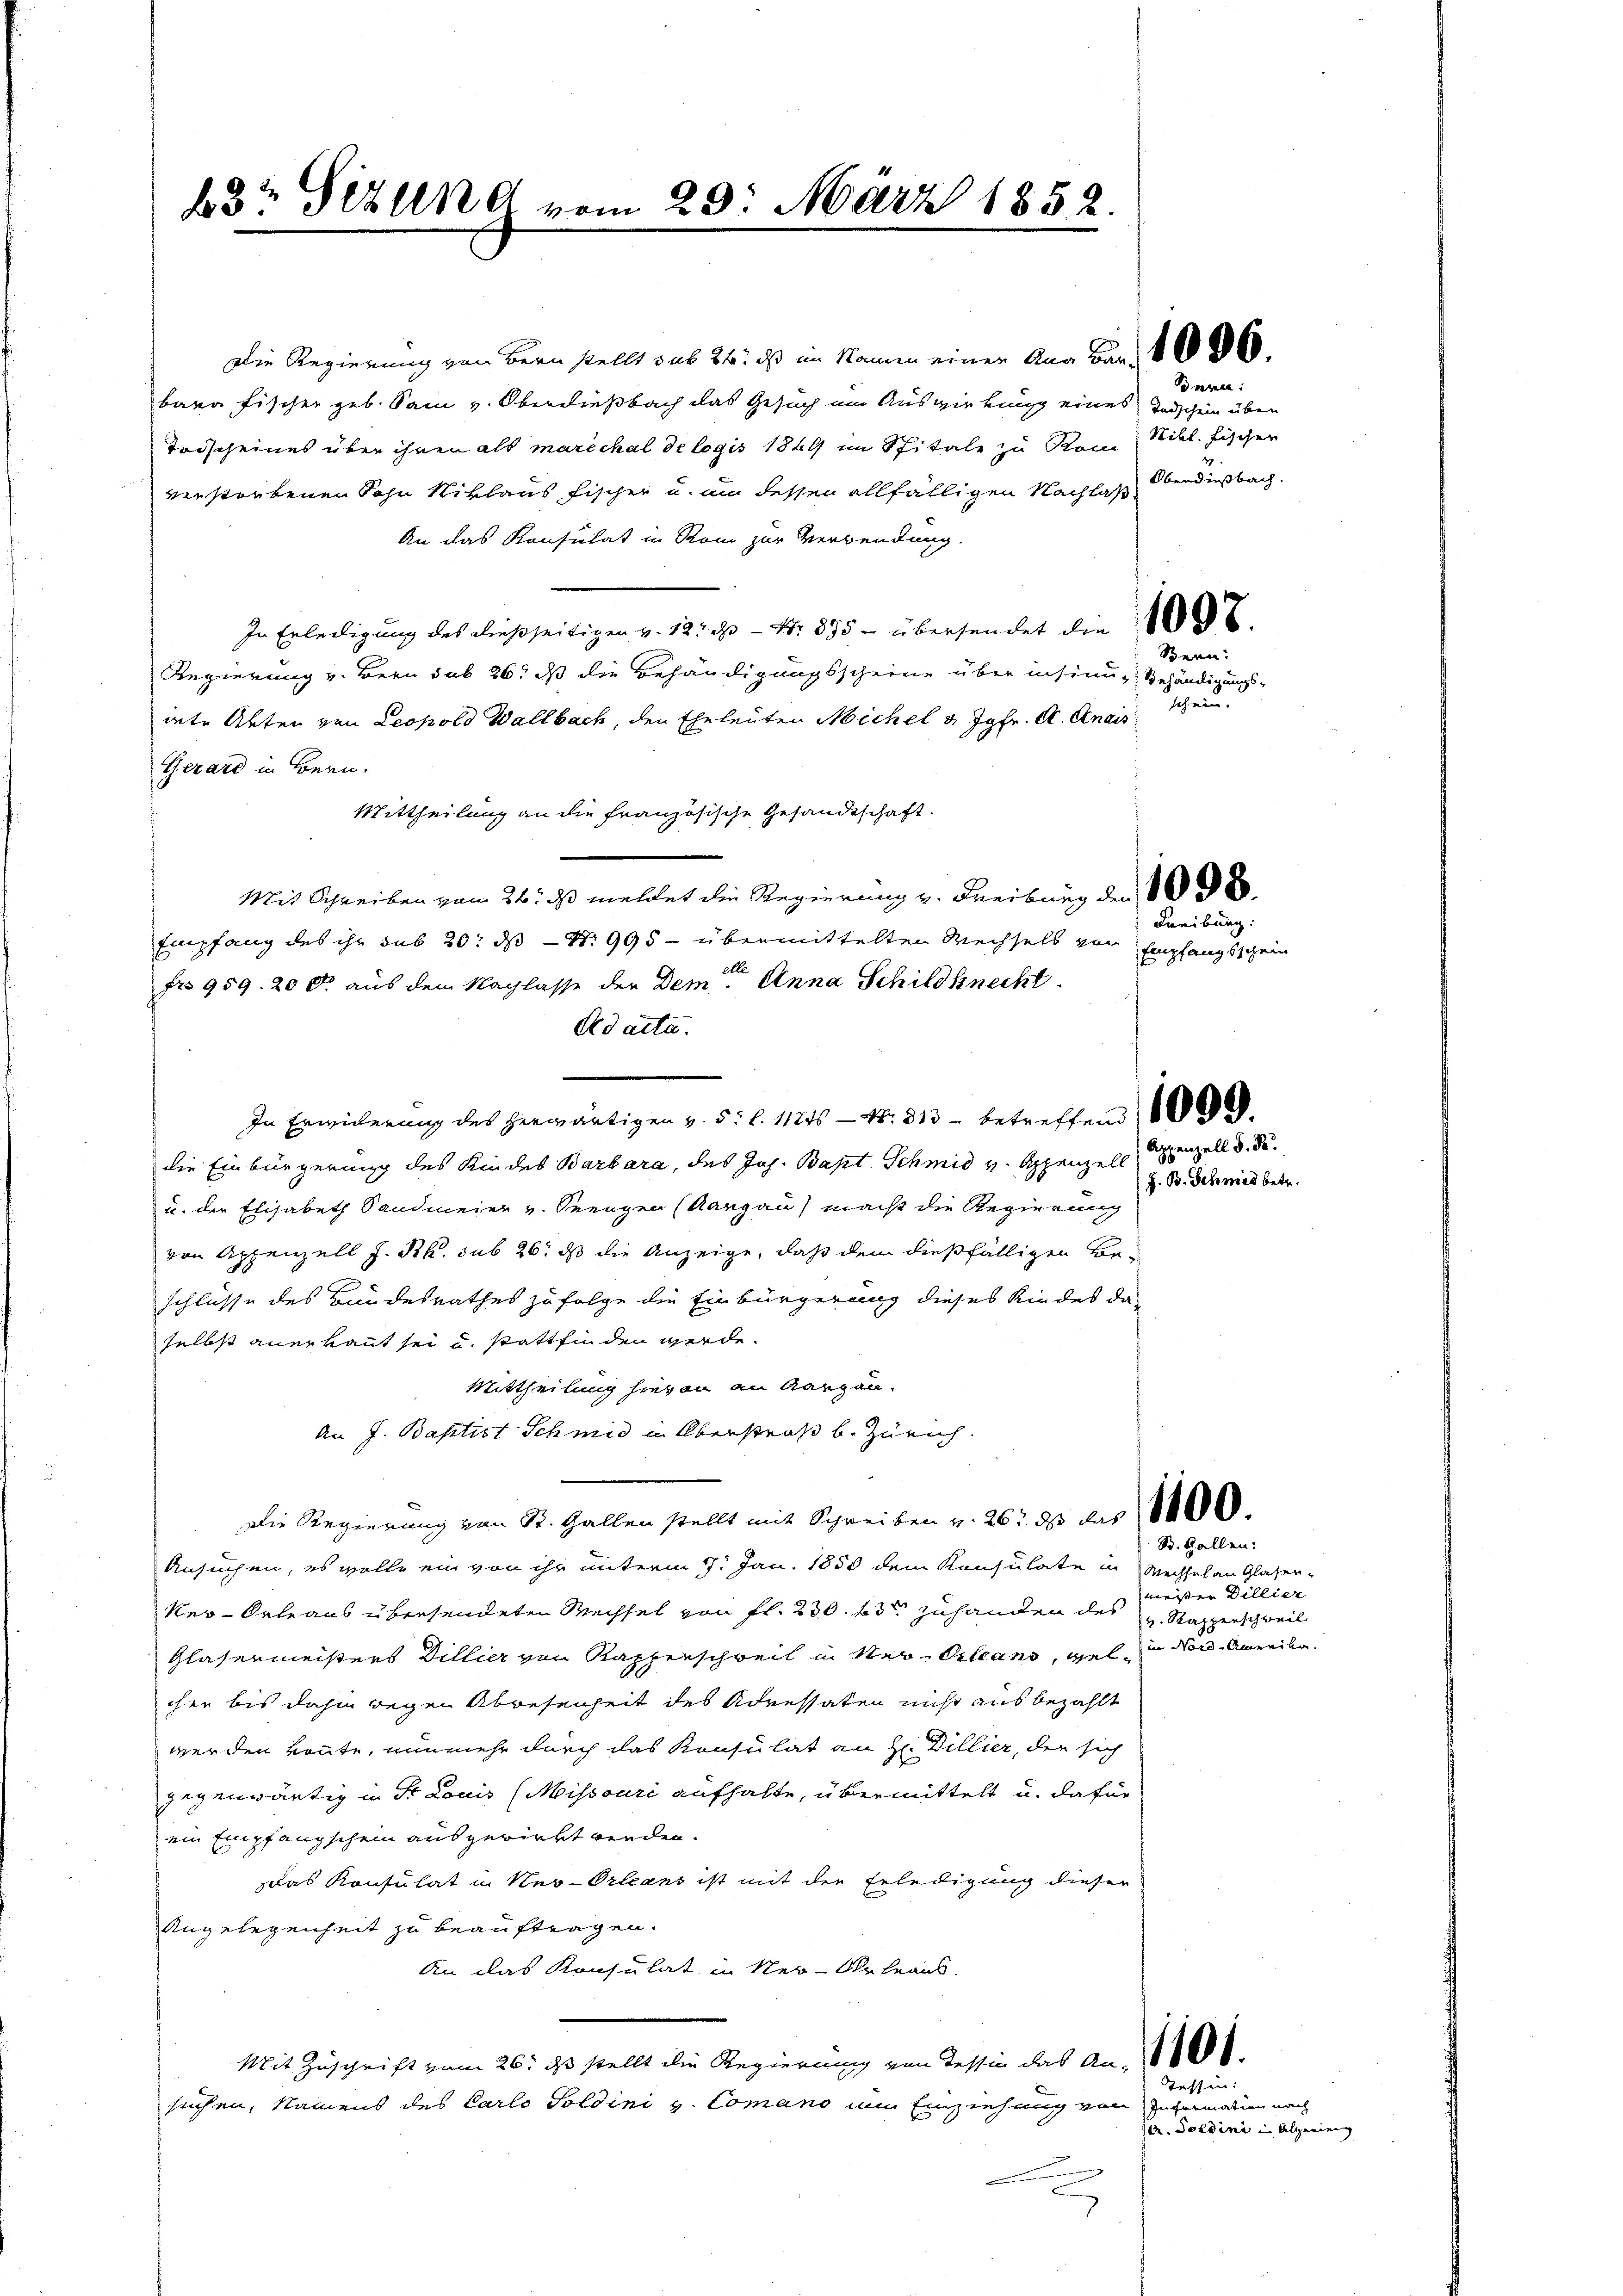
43 Fez und vom 29. März 1852.

Die Regierung von Bern stellt sub 24. ds im Namen einer Ana Bar. 4800.
bara Fischer geb. Sam v. Oberdießbach das Gesuch im Auswirkung eines Todschein über
Todscheines über ihren als marechal de logis 1849 im Spitale zu Rom Nikl. Fischen
verstorbenen Sohn Niklaus Fischer u. um dessen allfälligen Nachlaß Oberdüßbach.
An das Konsulat in Rom zur Verwendung.
In Erledigung des dießseitigen v. 12. ds. - Nr. 895 - übersendet die E
Regierung v. Bern sub 26. ds die Behändigungsscheine über insinn- Behändigung
iete Akten von Leopold Wallbach, den Eheleuten Michel & Jgfr. A. Anais
Gerard in Bern.
Mittheilung an die französische Gesandtschaft.
Mit Schreiben vom 26. ds meldet die Regierung v. Freibung den
Empfang des ihr sub 20. ds N: 995 - übermittelten Wechsels von
t
fr. 959. 20 l. aus dem Nachlasse der Dem. Anna Schildknecht
Ad acta.
In Erwiderung des herwärtigen v. 5. l. 1124 - Nr. 813 betreffend
die Einbürgerung des Kindes Barbara, des Joh. Bapt. Schmid v. Appenzell
u. der Elisabeth Sandmeier v. Seengen (Aargau) macht die Regierung
von Appenzell h. Rh. sub 26. ds die Anzeige, daß dem dießfälligen Be-
schlüsse des Bundesrathes zu folge die Einbürgerung dieses Kindes da
selbst anerkannt sei und stattfinden werde.
Mittheilung hievon an Aargau.
An J. Baptist Schmid in Überstraß b. Zürich.
Die Regierung von St. Gallen stellt mit Schreiben v. 26. ds das
Ansuchen, es wolle ein von ihr unterm 17. Jan. 1850 dem Konsulate in Wechsel an Glasen-
ker-Orleaus übersendeten Wechsel von fl. 230. 63 zuhanden des v. Rapperschweil
Glasermeisters Dillier von Kapperschweil in Ver-Orleans, gelcher bis dahin wegen Abwesenheit des Adressaten nicht ausbezahlt
werden könnte, nunmehr durch das Konsulat an H. Dillier, der sich
gegenwärtig in Sr. Louis (Missouri aufhalte, übermittelt u. dafür
ein Empfangschein ausgericht werden.
das Konsulat in Neu-Orleans ist mit der Erledigung dieser
Angelegenheit zu beauftragen.
An das Konsulat in Neu-Orleans
Mit Zuschrift vom 26. ds stellt die Regierung von Tessin das An-
Tessin:
suchen, Namens des Carlo Soldini v. Comano am Einziehung von Information nach
c

dere:

Bern:
schein.

Freiburg.
Empfangsschein

Appenzell S. B.

J. B. Schmid betr.

S. Gallen:

meisten Dillier
in Nord-Amerien.

de. Soldini in Alpenienz